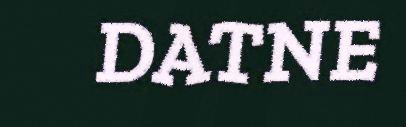
DATNE